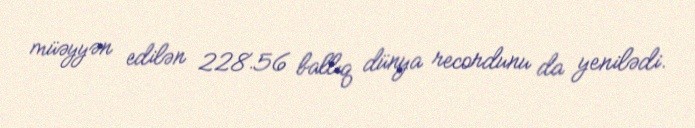
müəyyən edilən 228.56 ballıq dünya recordunu da yenilədi.